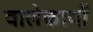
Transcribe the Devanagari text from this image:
वालेकार्यों